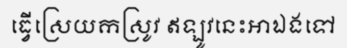
ធ្វើស្រេយកស្រូវ ឥឡូវនេះអាឯងទៅ